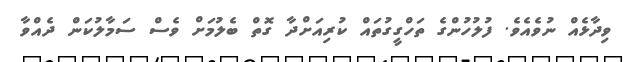
ވިދާޅެއް ނުވެއެވެ. ފުލުހުންގެ ތަހްގީގުތައް ކުރިއަށްދާ ގޮތް ބެލުމަށް ވެސް ސަމާލުކަން ދެއްވާ